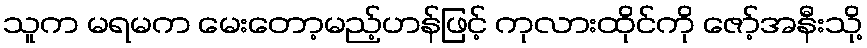
သူက မရမက မေးတော့မည့်ဟန်ဖြင့် ကုလားထိုင်ကို ဇော့်အနီးသို့